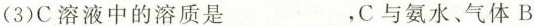
(3)C溶液中的溶质是___，C与氨水、气体B